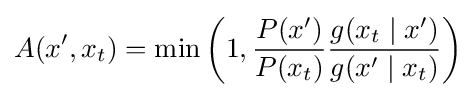
A(x',x_{t})=\min \left(1,{\frac {P(x')}{P(x_{t})}}{\frac {g(x_{t}\mid x')}{g(x'\mid x_{t})}}\right)